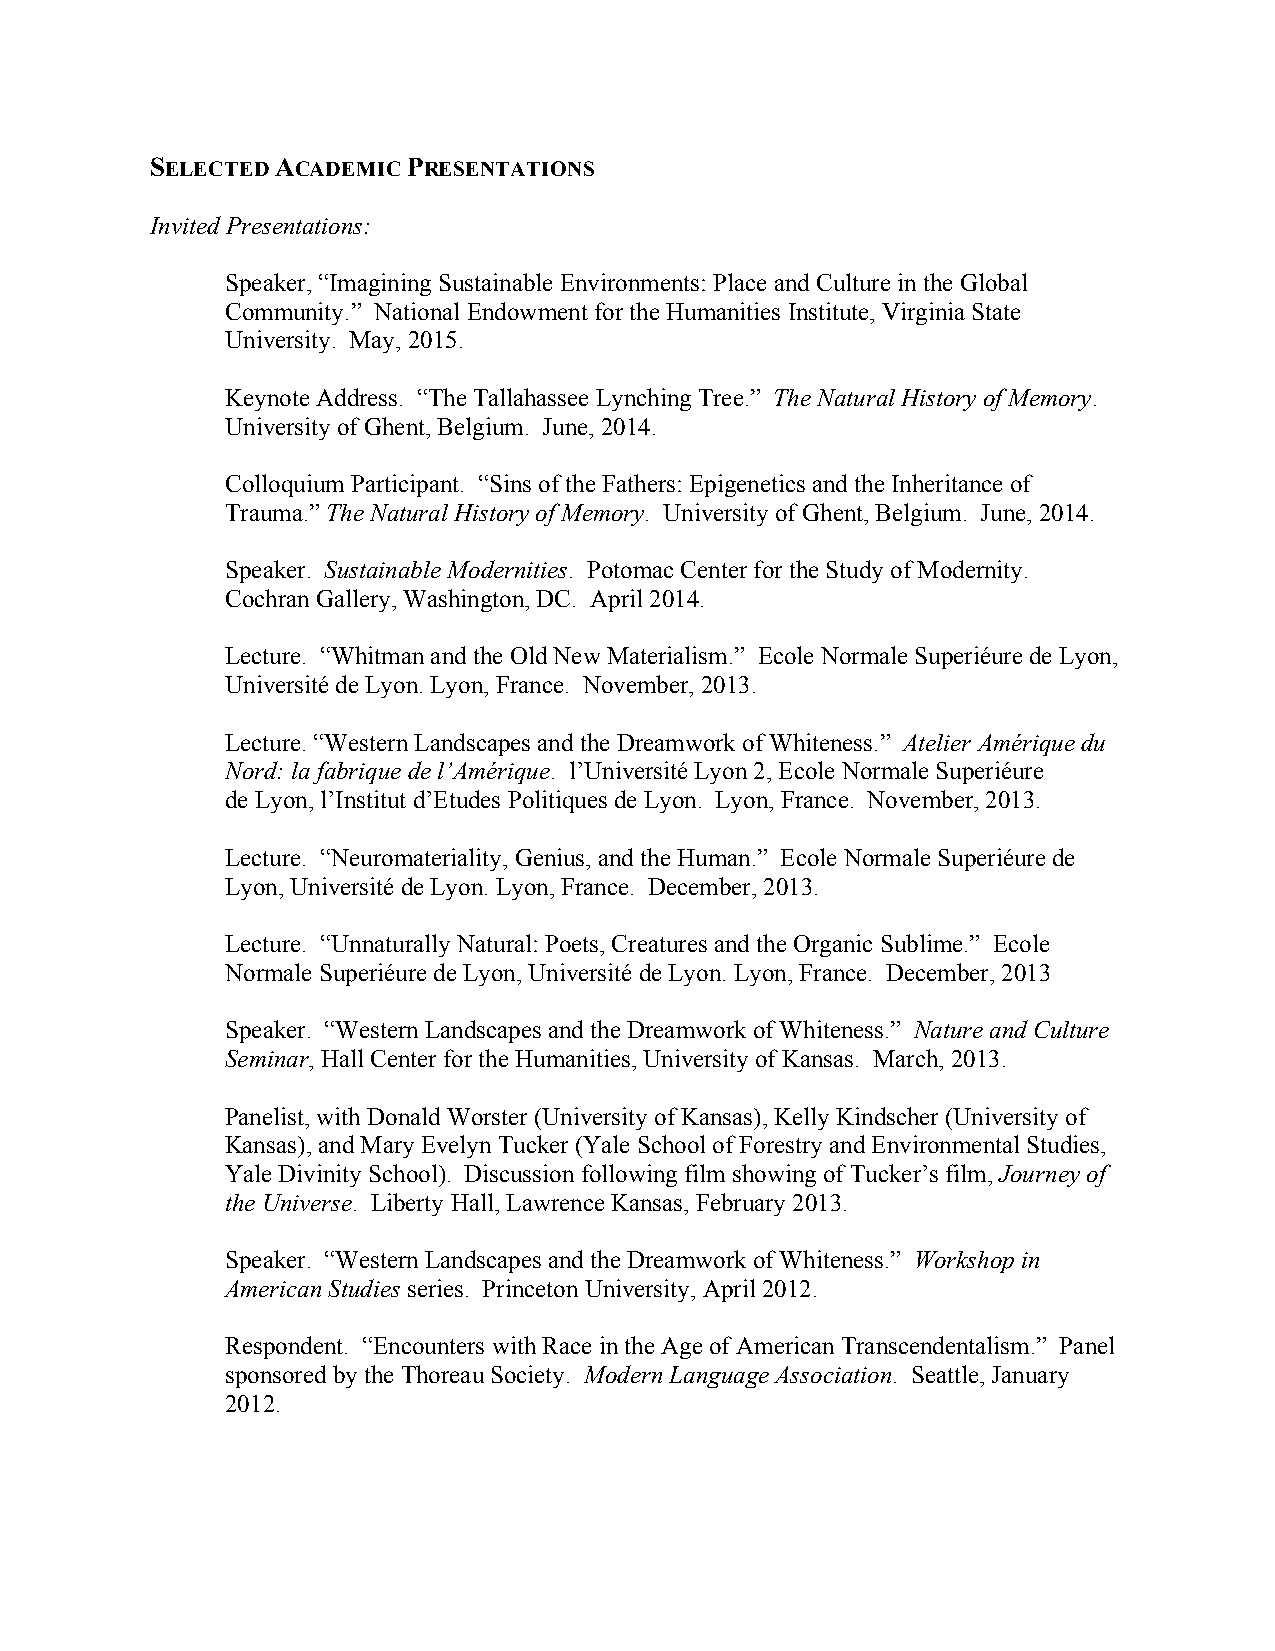
SELECTED ACADEMIC PRESENTATIONS
 Invited Presentations:
 Speaker, “Imagining Sustainable Environments: Place and Culture in the Global
 Community.” National Endowment for the Humanities Institute, Virginia State
 University. May, 2015.
 Keynote Address. “The Tallahassee Lynching Tree.” The Natural History of Memory.
 University of Ghent, Belgium. June, 2014.
 Colloquium Participant. “Sins of the Fathers: Epigenetics and the Inheritance of
 Trauma.” The Natural History of Memory. University of Ghent, Belgium. June, 2014.
 Speaker. Sustainable Modernities. Potomac Center for the Study of Modernity.
 Cochran Gallery, Washington, DC. April 2014.
 Lecture. “Whitman and the Old New Materialism.” Ecole Normale Superiéure de Lyon,
 Université de Lyon. Lyon, France. November, 2013.
 Lecture. “Western Landscapes and the Dreamwork of Whiteness.” Atelier Amérique du
 Nord: la fabrique de l’Amérique. l’Université Lyon 2, Ecole Normale Superiéure
 de Lyon, l’Institut d’Etudes Politiques de Lyon. Lyon, France. November, 2013.
 Lecture. “Neuromateriality, Genius, and the Human.” Ecole Normale Superiéure de
 Lyon, Université de Lyon. Lyon, France. December, 2013.
 Lecture. “Unnaturally Natural: Poets, Creatures and the Organic Sublime.” Ecole
 Normale Superiéure de Lyon, Université de Lyon. Lyon, France. December, 2013
 Speaker. “Western Landscapes and the Dreamwork of Whiteness.” Nature and Culture
 Seminar, Hall Center for the Humanities, University of Kansas. March, 2013.
 Panelist, with Donald Worster (University of Kansas), Kelly Kindscher (University of
 Kansas), and Mary Evelyn Tucker (Yale School of Forestry and Environmental Studies,
 Yale Divinity School). Discussion following film showing of Tucker’s film, Journey of
 the Universe. Liberty Hall, Lawrence Kansas, February 2013.
 Speaker. “Western Landscapes and the Dreamwork of Whiteness.” Workshop in
 American Studies series. Princeton University, April 2012.
 Respondent. “Encounters with Race in the Age of American Transcendentalism.” Panel
 sponsored by the Thoreau Society. Modern Language Association. Seattle, January
 2012.